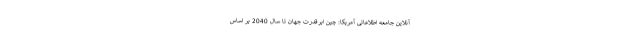
آنلاین جامعه اطلاعاتی آمریکا: چین ابرقدرت جهان تا سال 2040 بر اساس